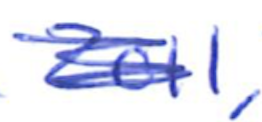
Text: 2011,
Cross-out: scratch
Writing tool: ballpoint